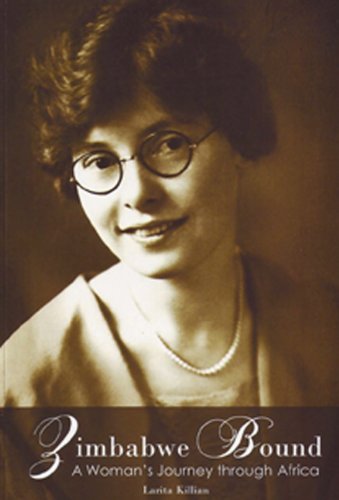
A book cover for Zimbabwe Bound: A Woman's Journey Through Africa; Larita Killian; History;